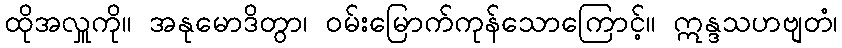
ထိုအလှူကို။ အနုမောဒိတွာ၊ ဝမ်းမြောက်ကုန်သောကြောင့်။ ဣန္ဒသဟဗျတံ၊